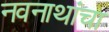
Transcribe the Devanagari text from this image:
नवनाथांचा